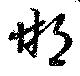
邯